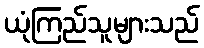
ယုံကြည်သူများသည်